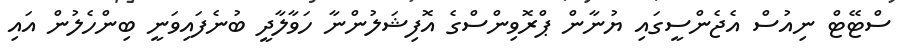
ސްޓޭޓް ނިއުސް އެޖެންސީގައި ޔުނާން ޕްރޮވިންސްގެ އޮފިޝަލުންނާ ހަވާލާދީ ބުނެފައިވަނީ ބިންހެލުން އައި